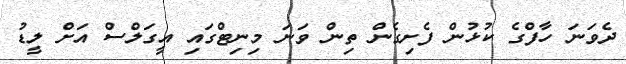
ދެވަނަ ހާފްގެ ކުޅުން ފެށިގެން ތިން ވަނަ މިނިޓްގައި އީގަލްސް އަށް ލީޑު